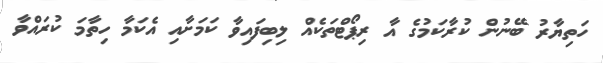
ހަތިޔާރު ބޭނުން ކުރާކަމުގެ އާ ރިޕޯޓްތަކެއް ލިބިފައިވާ ކަމަށާއި އެކަމާ ހިތާމަ ކުރައްވާ